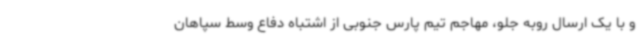
و با یک ارسال روبه جلو، مهاجم تیم پارس جنوبی از اشتباه دفاع وسط سپاهان